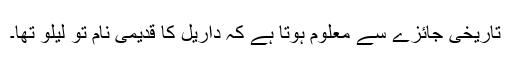
تاریخی جائزے سے معلوم ہوتا ہے کہ داریل کا قدیمی نام تو لیلو تھا۔